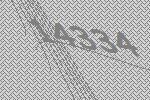
14334